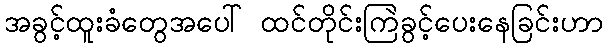
အခွင့်ထူးခံတွေအပေါ် ထင်တိုင်းကြဲခွင့်ပေးနေခြင်းဟာ